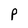
Character: P